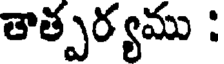
తాత్పర్యము :